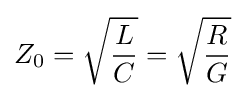
Z_{0}={\sqrt {\frac {L}{C}}}={\sqrt {\frac {R}{G}}}